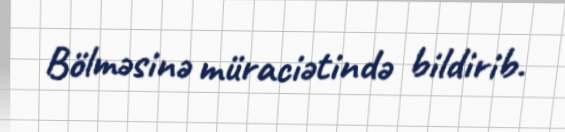
Bölməsinə müraciətində bildirib.